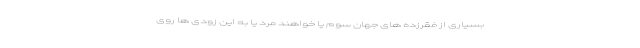
بسیاری از فقرزده های جهان سوم یا خواهند مرد یا به این زودی ها روی